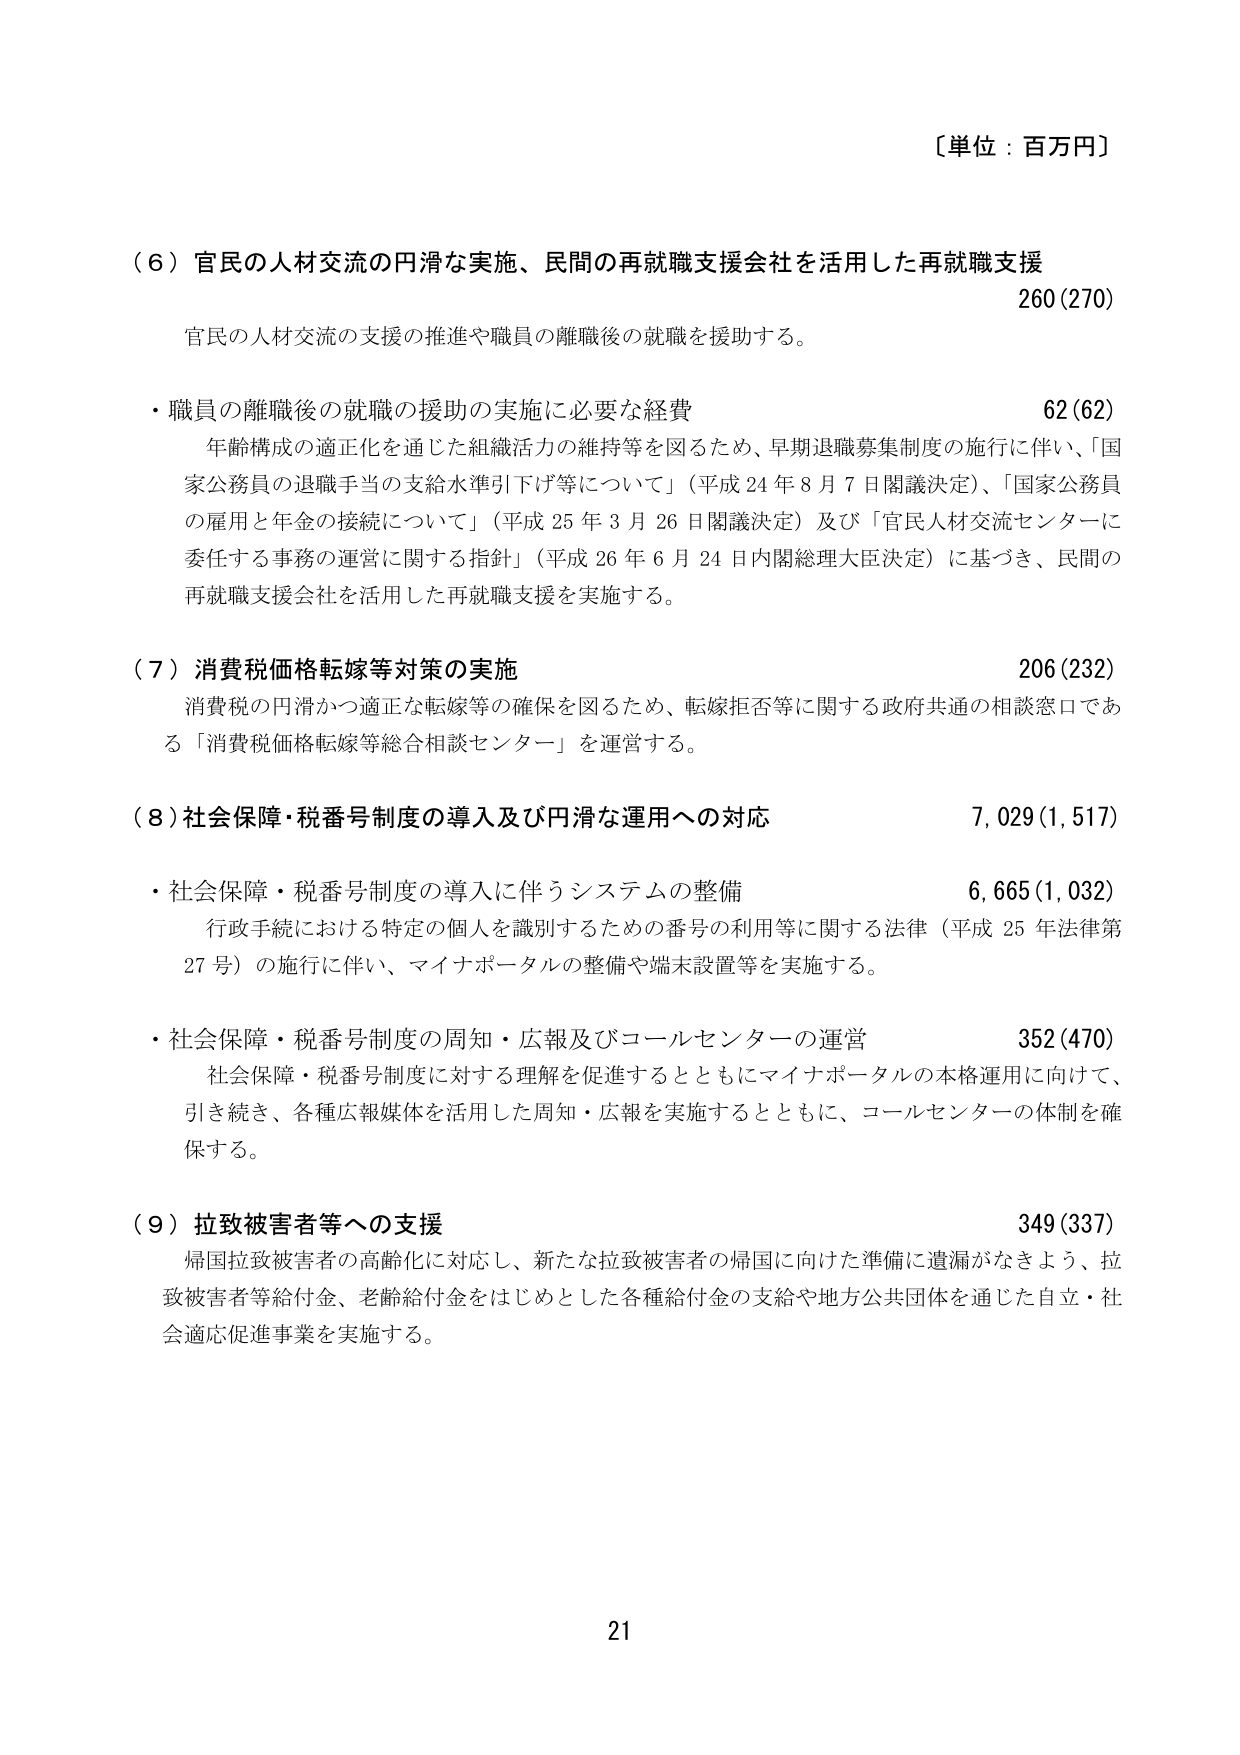
〔単位：百万円〕

（６）官民の人材交流の円滑な実施、民間の再就職支援会社を活用した再就職支援　260(270)
　官民の人材交流の支援の推進や職員の離職後の就職を援助する。

・職員の離職後の就職の援助の実施に必要な経費　62(62)
　年齢構成の適正化を通じた組織活力の維持等を図るため、早期退職募集制度の施行に伴い、「国家公務員の退職手当の支給水準引下げ等について」（平成24年8月7日閣議決定）、「国家公務員の雇用と年金の接続について」（平成25年3月26日閣議決定）及び「官民人材交流センターに委任する事務の運営に関する指針」（平成26年6月24日内閣総理大臣決定）に基づき、民間の再就職支援会社を活用した再就職支援を実施する。

（７）消費税価格転嫁等対策の実施　206(232)
　消費税の円滑かつ適正な転嫁等の確保を図るため、転嫁拒否等に関する政府共通の相談窓口である「消費税価格転嫁等総合相談センター」を運営する。

（８）社会保障・税番号制度の導入及び円滑な運用への対応　7,029(1,517)

・社会保障・税番号制度の導入に伴うシステムの整備　6,665(1,032)
　行政手続における特定の個人を識別するための番号の利用等に関する法律（平成25年法律第27号）の施行に伴い、マイナポータルの整備や端末設置等を実施する。

・社会保障・税番号制度の周知・広報及びコールセンターの運営　352(470)
　社会保障・税番号制度に対する理解を促進するとともにマイナポータルの本格運用に向けて、引き続き、各種広報媒体を活用した周知・広報を実施するとともに、コールセンターの体制を確保する。

（９）拉致被害者等への支援　349(337)
　帰国拉致被害者の高齢化に対応し、新たな拉致被害者の帰国に向けた準備に遺漏がなきよう、拉致被害者等給付金、老齢給付金をはじめとした各種給付金の支給や地方公共団体を通じた自立・社会適応促進事業を実施する。

21